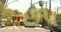
છપ